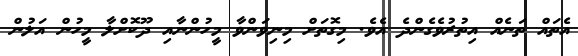
އެތައް ތަނެއް އިތުރުވެގެންދެ އެވެ. މިގޮތަށް މިނިވަންވާ މީހުންނާއި ދޫކޮށްލާ މީހުން އަލުން